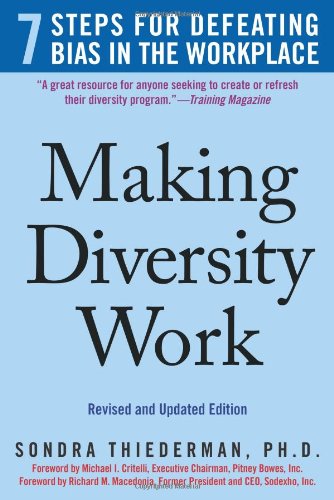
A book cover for Making Diversity Work: 7 Steps for Defeating Bias in the Workplace; Sondra Thiederman; Business & Money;